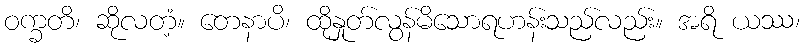
ဝက္ခတိ၊ ဆိုလတံ့။ တေနာပိ၊ ထိုနှုတ်လွန်မိသောရဟန်းသည်လည်း။ အရိ ယဿ၊